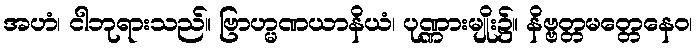
အဟံ၊ ငါဘုရားသည်။ ဗြာဟ္မဏယာနိယံ၊ ပုဏ္ဏားမျိုး၌။ နိဗ္ဗတ္တမတ္တေနေဝ၊